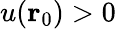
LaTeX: u({\mathbf{r}}_{0})>0